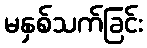
မနှစ်သက်ခြင်း